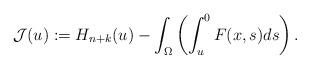
LaTeX: \begin{align*}\mathcal J(u) := H_{n+k}(u)-\int_{\Omega}\left(\int_u^0F(x, s)ds\right).\end{align*}